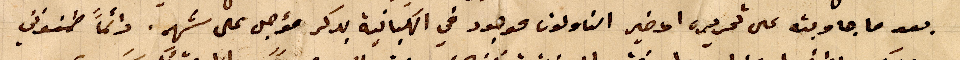
بعد ما جاوبته على تحريره الاخير الناولون موجود في الكبانية بدكر مؤجل على شهر. دائماً طمنوني